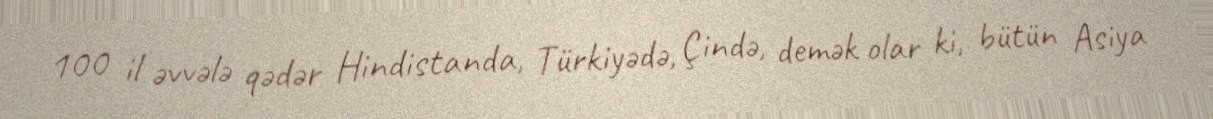
100 il əvvələ qədər Hindistanda, Türkiyədə, Çində, demək olar ki, bütün Asiya